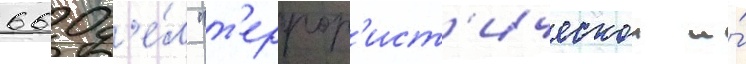
660 д'е́л "т'еррор'ист'ическои и́